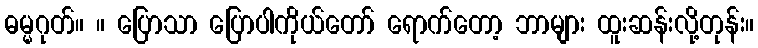
ဓမ္မဂုတ်။ ။ ပြောသာ ပြောပါကိုယ်တော် ရောက်တော့ ဘာများ ထူးဆန်းလို့တုန်း။